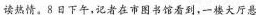
读热情。8日下午，记者在市图书馆看到。一楼大厅悬